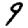
Digit: 9